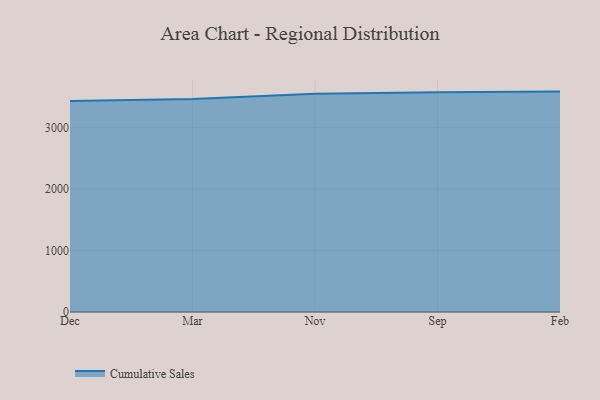
{"axis": {"x": "Month", "y": "Tickets Resolved"}, "legend": ["Cumulative Sales"], "data": [{"x": "Dec", "y": 3432.7, "type": "Cumulative Sales"}, {"x": "Mar", "y": 3465.0, "type": "Cumulative Sales"}, {"x": "Nov", "y": 3550.6, "type": "Cumulative Sales"}, {"x": "Sep", "y": 3576.3, "type": "Cumulative Sales"}, {"x": "Feb", "y": 3585.8, "type": "Cumulative Sales"}]}